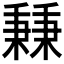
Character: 𥡝